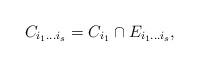
LaTeX: \begin{align*}C_{i_1 \ldots i_s}= C_{i_1} \cap E_{i_1 \ldots i_s},\end{align*}